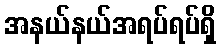
အနယ်နယ်အရပ်ရပ်ရှိ